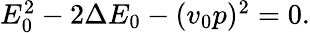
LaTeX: \begin{array}{r}{E_{0}^{2}-2\Delta E_{0}-(v_{0}p)^{2}=0.}\end{array}